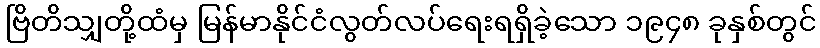
ဗြိတိသျှတို့ထံမှ မြန်မာနိုင်ငံလွတ်လပ်ရေးရရှိခဲ့သော ၁၉၄၈ ခုနှစ်တွင်